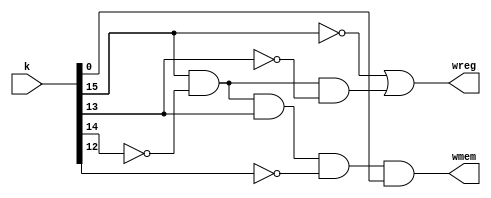
module sync_wr (k, wreg, wmem);
input [15:0] k ;
output wreg, wmem ;
assign wreg = ~k[15] |( k[15] & ~k[14] & ~k[13] );
assign wmem = k[15] & ~k[14] & k[13] &~ k[12]& k[0];
endmodule